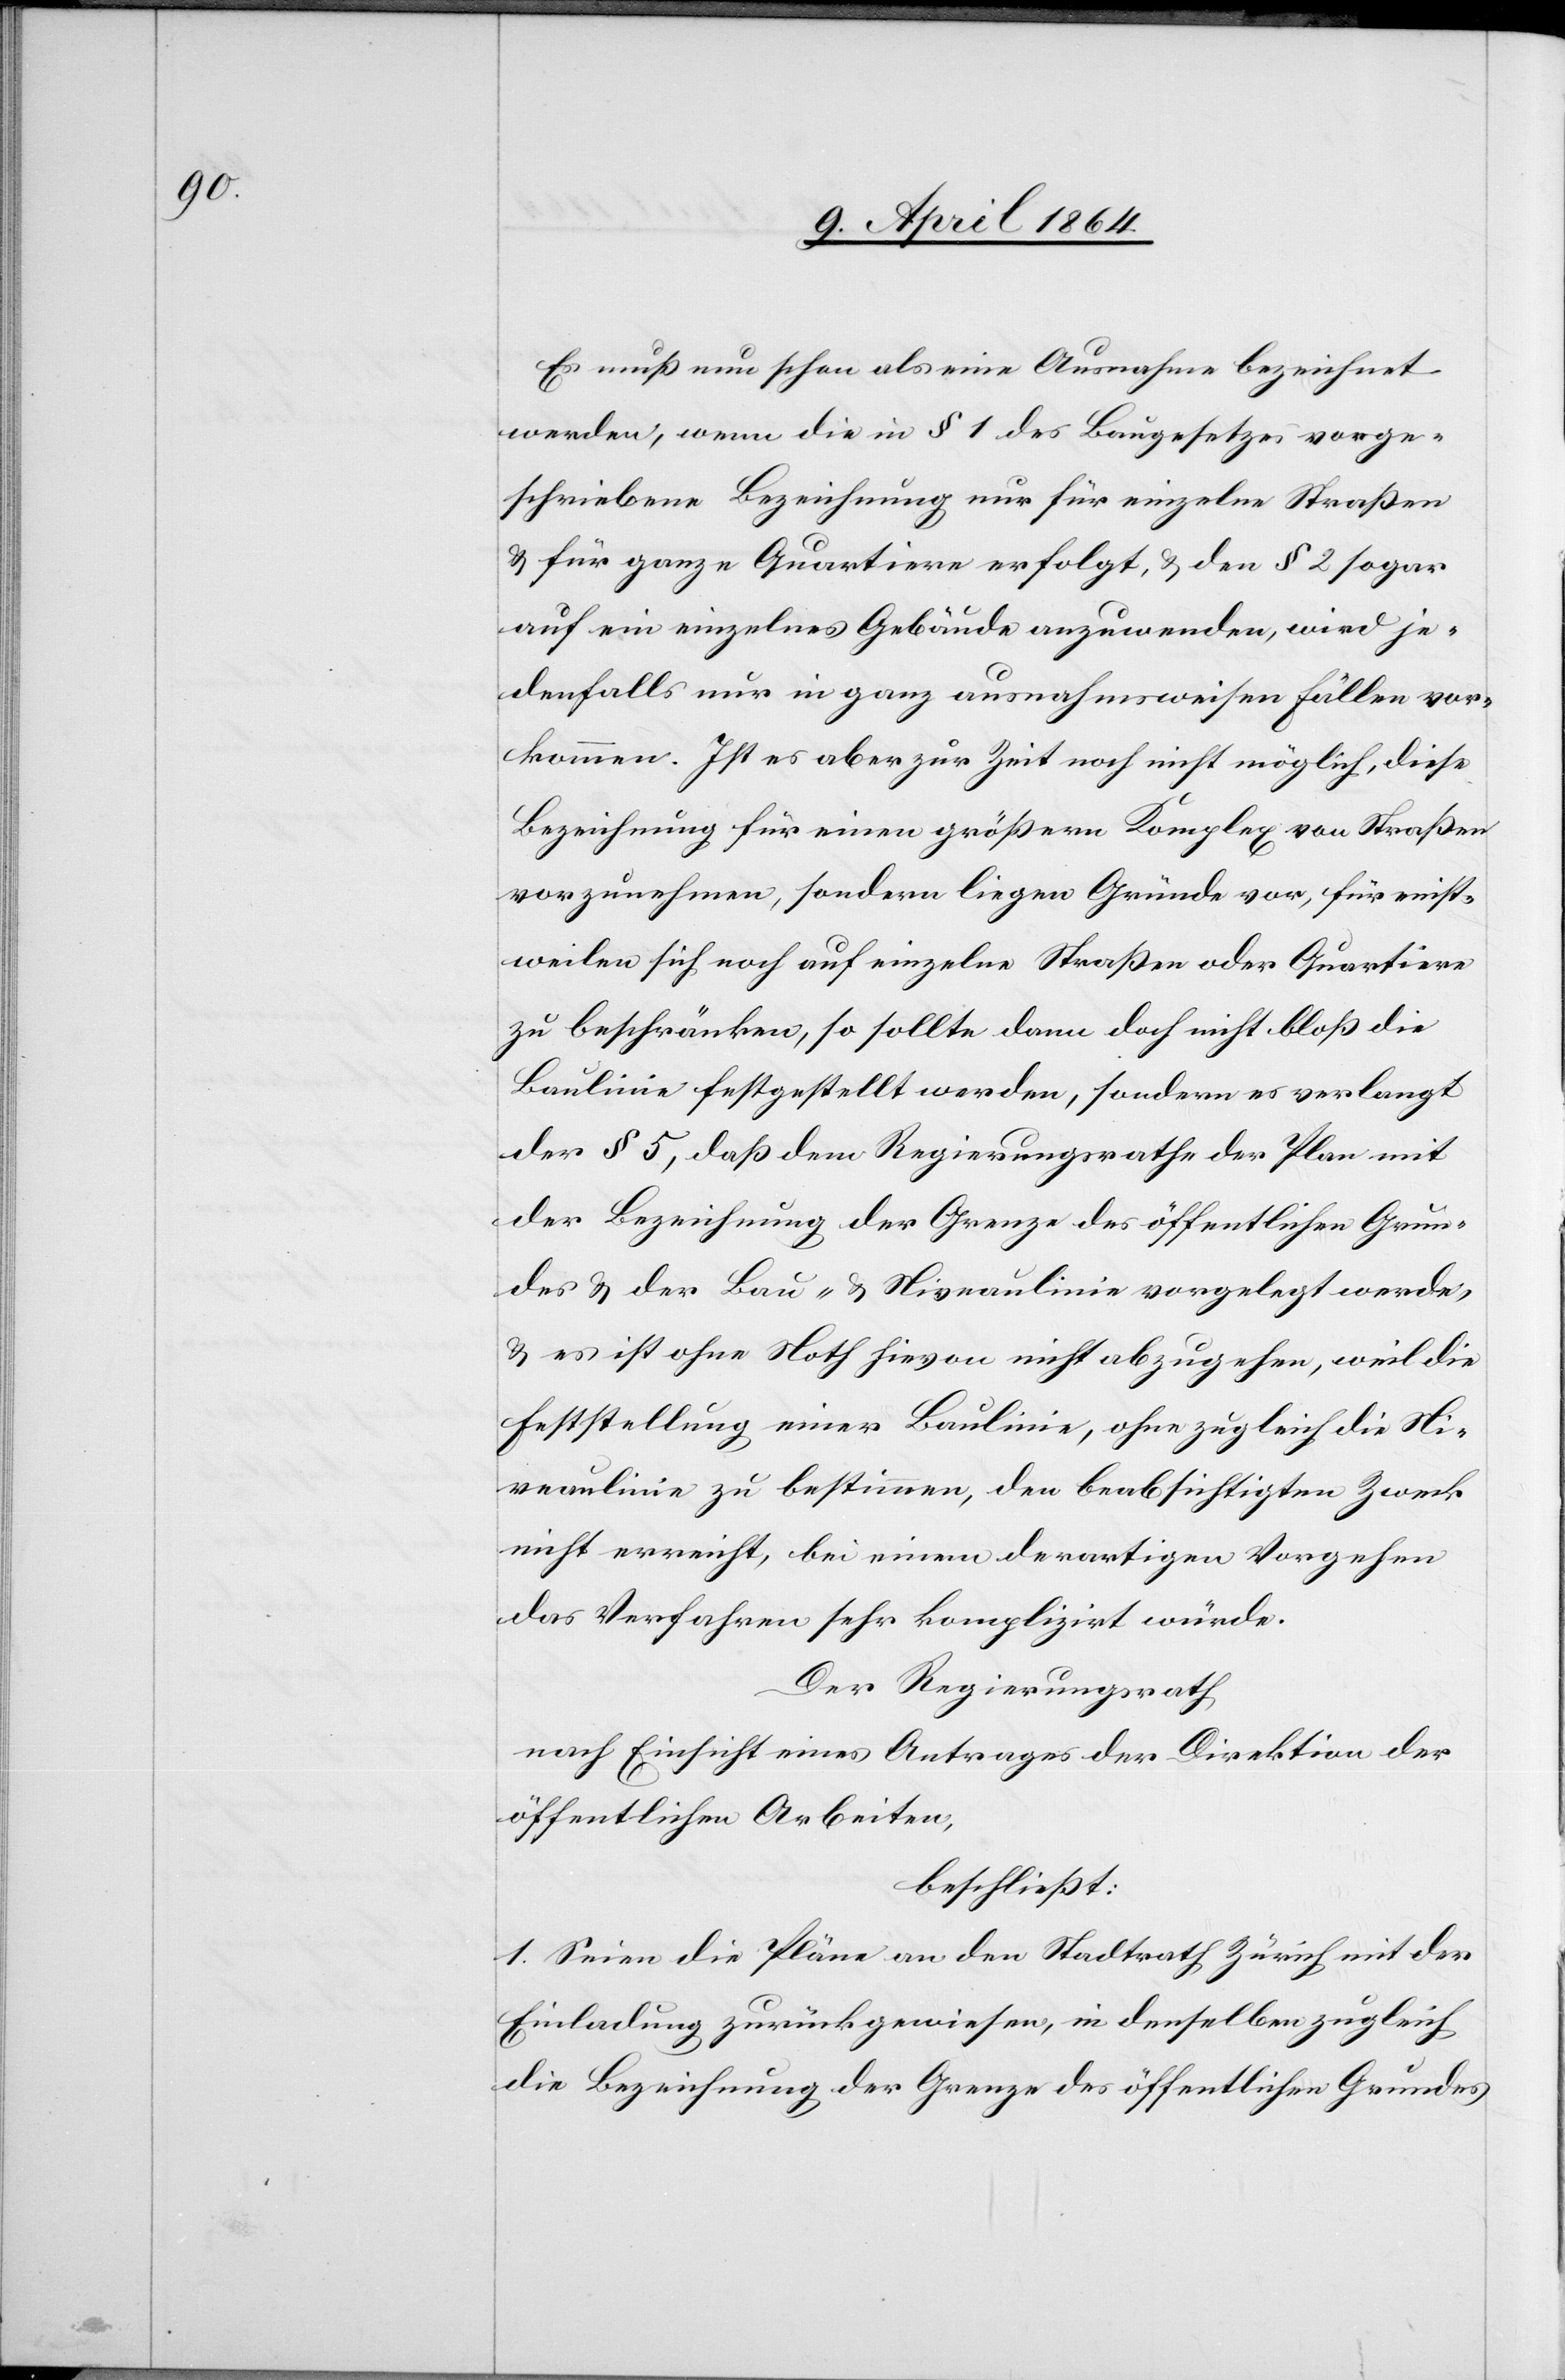
Es muß nun schon als eine Ausnahme bezeichnet
werden, wenn die in § 1 des Baugesetzes vorge¬
schriebene Bezeichnung nur für einzelne Straßen
u. für ganze Quartiere erfolgt, u. den § 2 sogar
auf ein einzelnes Gebäude anzuwenden, wird je¬
denfalls nur in ganz ausnahmsweisen Fällen vor¬
kommen. Ist es aber zur Zeit noch nicht möglich, diese
Bezeichnung für einen größern Komplex von Straßen
vorzunehmen, sondern liegen Gründe vor, für einst¬
weilen sich noch auf einzelne Straßen oder Quartiere
zu beschränken, so sollte dann doch nicht bloß die
Baulinie festgestellt werden, sondern es verlangt
der § 5, daß dem Regierungsrathe der Plan mit
der Bezeichnung der Grenze des öffentlichen Grun¬
des u. der Bau- u. Niveaulinie vorgelegt werde,
u. es ist ohne Noth hievon nicht abzusehen, weil die
Feststellung einer Baulinie, ohne zugleich die Ni¬
veaulinie zu bestimmen, den beabsichtigten Zweck
nicht erreicht, bei einem derartigen Vorgehen
das Verfahren sehr komplizirt würde
Der Regierungsrath
nach Einsicht eines Antrages der Direktion der
öffentlichen Arbeiten,
beschließt:
1. Seien die Pläne an den Stadtrath Zürich mit der
Einladung zurückgewiesen, in derselben zugleich
die Bezeichnung der Grenze des öffentlichen Grundes